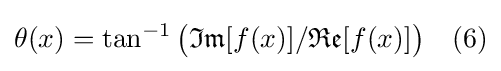
\theta (x)=\tan ^{-1}{\big (}{\mathfrak {Im}}[f(x)]/{\mathfrak {Re}}[f(x)]{\big )}\quad (6)